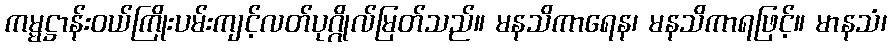
ကမ္မဋ္ဌာန်းဝယ်ကြိုးပမ်းကျင့်လတ်ပုဂ္ဂိုလ်မြတ်သည်။ မနသိကာရေန၊ မနသိကာရဖြင့်။ မာနသံ၊